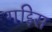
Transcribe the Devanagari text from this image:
गद्दिस